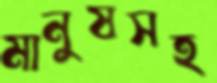
মানুষসহ